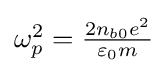
{\textstyle \omega _{p}^{2}={\frac {2n_{b0}e^{2}}{\varepsilon _{0}m}}}